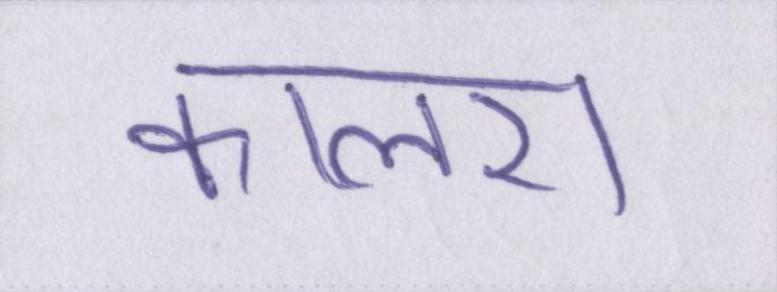
कालरा